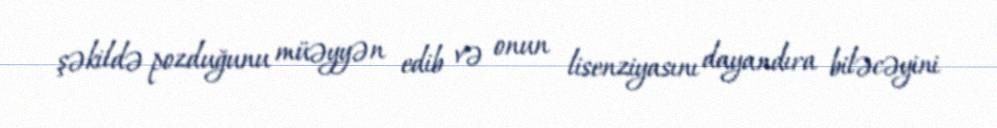
şəkildə pozduğunu müəyyən edib və onun lisenziyasını dayandıra biləcəyini